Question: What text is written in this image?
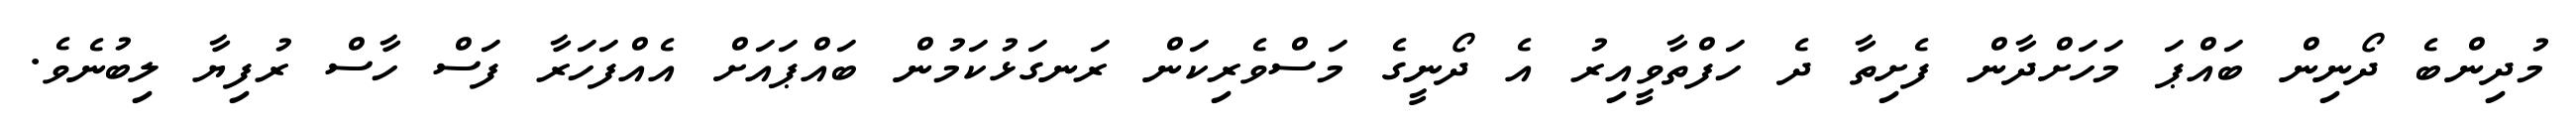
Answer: މުދިންބެ ދޯނިން ބައްޕަ މަހަށްދާން ފެށިތާ ދެ ހަފްތާވީއިރު އެ ދޯނީގެ މަސްވެރިކަން ރަނގަޅުކަމުން ބައްޕައަށް އެއްފަހަރާ ފަސް ހާސް ރުފިޔާ ލިބުނެވެ.